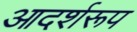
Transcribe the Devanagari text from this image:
आदर्शरूप